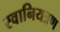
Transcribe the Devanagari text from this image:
स्वानियत्रण